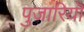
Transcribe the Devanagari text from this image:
पुजारियॊ